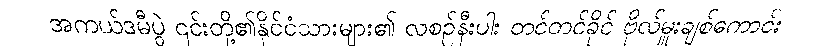
အကယ်ဒမီပွဲ ၎င်းတို့၏နိုင်ငံသားများ၏ လစဉ်နီးပါး တင်တင်ခိုင် ဗိုလ်မှူးချစ်ကောင်း